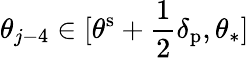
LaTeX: \theta_{j-4}\in[\theta^{\mathrm{s}}+\frac 12\delta_{\mathrm{p}},\theta_{\ast}]